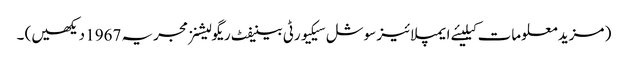
( مزید معلومات کیلیئے ایمپلائیز سوشل سیکیورٹی بینیفٹ ریگولیشنز مجریہ 1967 دیکھیں) ۔